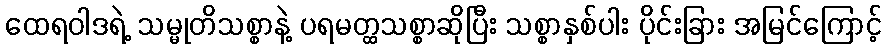
ထေရဝါဒရဲ့ သမ္မုတိသစ္စာနဲ့ ပရမတ္ထသစ္စာဆိုပြီး သစ္စာနှစ်ပါး ပိုင်းခြား အမြင်ကြောင့်